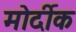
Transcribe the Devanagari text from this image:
मोर्दीक